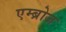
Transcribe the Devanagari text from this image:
एम्ब्रोज